Treatise on elephants
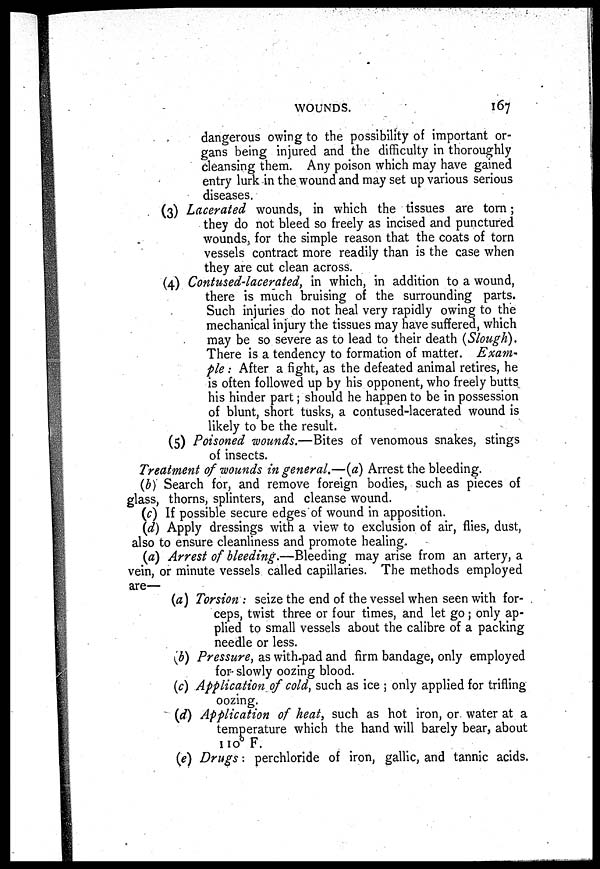
WOUNDS.
167
dangerous owing to the possibility of important or-
gans being injured and the difficulty in thoroughly
cleansing them. Any poison which may have gained
entry lurk in the wound and may set up various serious
diseases.
(3) Lacerated wounds, in which the tissues are torn;
they do not bleed so freely as incised and punctured
wounds, for the simple reason that the coats of torn
vessels contract more readily than is the case when
they are cut clean across.
(4) Contused-lacerated, in which, in addition to a wound,
there is much bruising of the surrounding parts.
Such injuries do not heal very rapidly owing to the
mechanical injury the tissues may have suffered, which
may be so severe as to lead to their death (Slough).
There is a tendency to formation of matter. Exam-
pie : After a fight, as the defeated animal retires, he
is often followed up by his opponent, who freely butts
his hinder part; should he happen to be in possession
of blunt, short tusks, a contused-lacerated wound is
likely to be the result.
(5) Poisoned wounds.—Bites of venomous snakes, stings
of insects.
Treatment of wounds in general.—(a) Arrest the bleeding.
(b) Search for, and remove foreign bodies, such as pieces of
glass, thorns, splinters, and cleanse wound.
(c) If possible secure edges of wound in apposition.
(d) Apply dressings with a view to exclusion of air, flies, dust,
also to ensure cleanliness and promote healing.
(a) Arrest of bleeding.—Bleeding may arise from an artery, a
vein, or minute vessels called capillaries. The methods employed
are—
(a) Torsion : seize the end of the vessel when seen with for-
ceps, twist three or four times, and let go; only ap-
plied to small vessels about the calibre of a packing
needle or less.
(b) Pressure, as with-pad and firm bandage, only employed
for- slowly oozing blood.
(c) Application of cold, such as ice ; only applied for trifling
oozing.
(d) Application of heat, such as hot iron, or. water at a
temperature which the hand will barely bear, about
110° F.
(e) Drugs: perchloride of iron, gallic, and tannic acids.